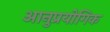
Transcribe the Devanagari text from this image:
आनुप्रयोगिक